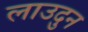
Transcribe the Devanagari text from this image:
लाउदुन